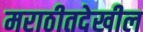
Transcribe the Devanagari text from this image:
मराठीतदेखील